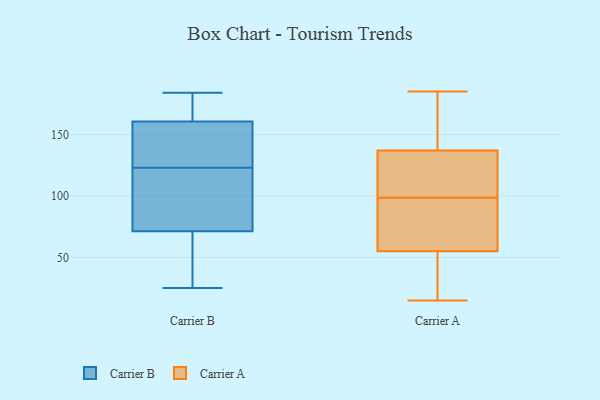
{"axis": {"x": "Revenue (USD Million)", "y": "Value"}, "legend": ["Carrier A", "Carrier B"], "data": [{"x": "", "y": 158, "type": "Carrier B"}, {"x": "", "y": 184, "type": "Carrier B"}, {"x": "", "y": 66, "type": "Carrier B"}, {"x": "", "y": 77, "type": "Carrier B"}, {"x": "", "y": 88, "type": "Carrier B"}, {"x": "", "y": 169, "type": "Carrier B"}, {"x": "", "y": 179, "type": "Carrier B"}, {"x": "", "y": 134, "type": "Carrier B"}, {"x": "", "y": 128, "type": "Carrier B"}, {"x": "", "y": 58, "type": "Carrier B"}, {"x": "", "y": 123, "type": "Carrier B"}, {"x": "", "y": 57, "type": "Carrier B"}, {"x": "", "y": 82, "type": "Carrier B"}, {"x": "", "y": 73, "type": "Carrier B"}, {"x": "", "y": 174, "type": "Carrier B"}, {"x": "", "y": 25, "type": "Carrier B"}, {"x": "", "y": 135, "type": "Carrier B"}, {"x": "", "y": 142, "type": "Carrier A"}, {"x": "", "y": 26, "type": "Carrier A"}, {"x": "", "y": 93, "type": "Carrier A"}, {"x": "", "y": 55, "type": "Carrier A"}, {"x": "", "y": 185, "type": "Carrier A"}, {"x": "", "y": 15, "type": "Carrier A"}, {"x": "", "y": 114, "type": "Carrier A"}, {"x": "", "y": 137, "type": "Carrier A"}, {"x": "", "y": 104, "type": "Carrier A"}, {"x": "", "y": 71, "type": "Carrier A"}]}